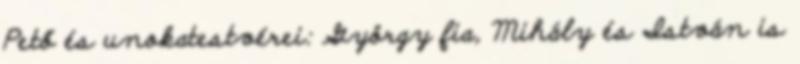
Pető és unokatestvérei: György fia, Mihály és István is